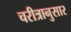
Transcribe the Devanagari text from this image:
चरीत्रानुसार